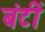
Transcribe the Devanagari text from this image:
बंटीं